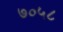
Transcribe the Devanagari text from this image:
७०५८